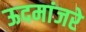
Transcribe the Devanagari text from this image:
ऊदमांजरे